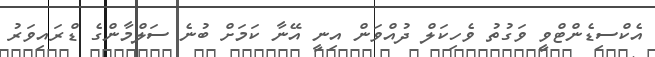
އެކްސިޑެންޓްވީ ވަގުތު ވެހިކަލް ދުއްވަން އިނީ އޭނާ ކަމަށް ބުނެ ސަލްމާންގެ ޑްރައިވަރު